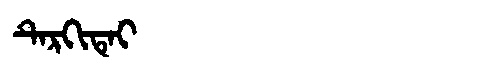
Manchu: ᡨᡝᡵᡴᡳᡨᡝᡳ
Romanization: TERKITEI